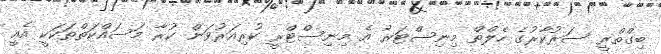
ބިގްތްރީ ސަރުކާރުގެ ހެލްތް މިނިސްޓަރު އެ މިނިސްޓްރީ ކުރިއަރުވަން ކުރާ މަސައްކަތްތަކަކީ އެއީ